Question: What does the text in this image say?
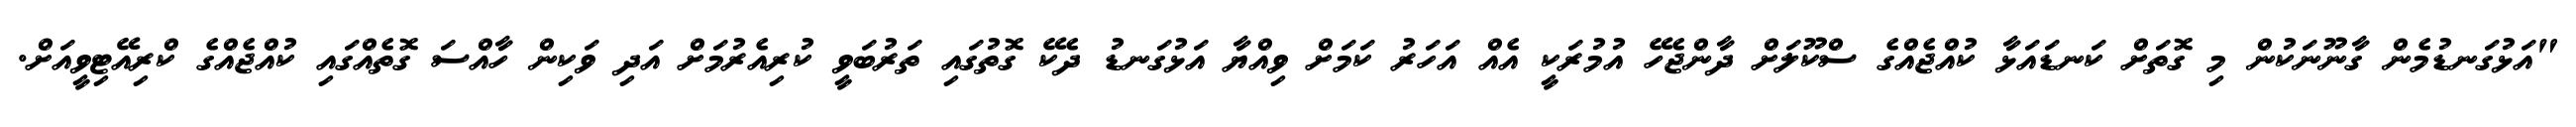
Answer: "އަޅުގަނޑުމެން ގާނޫނަކުން މި ގޮތަށް ކަނޑައަޅާ ކުއްޖެއްގެ ސްކޫލަށް ދާންޖެހޭ އުމުރަކީ އެއް އަހަރު ކަމަށް ވިއްޔާ އަޅުގަނޑު ދެކޭ ގޮތުގައި ތަރުބަވީ ކުރިއެރުމަށް އަދި ވަކިން ހާއްސަ ގޮތެއްގައި ކުއްޖެއްގެ ކްރިއޭޓިވީއަށް.